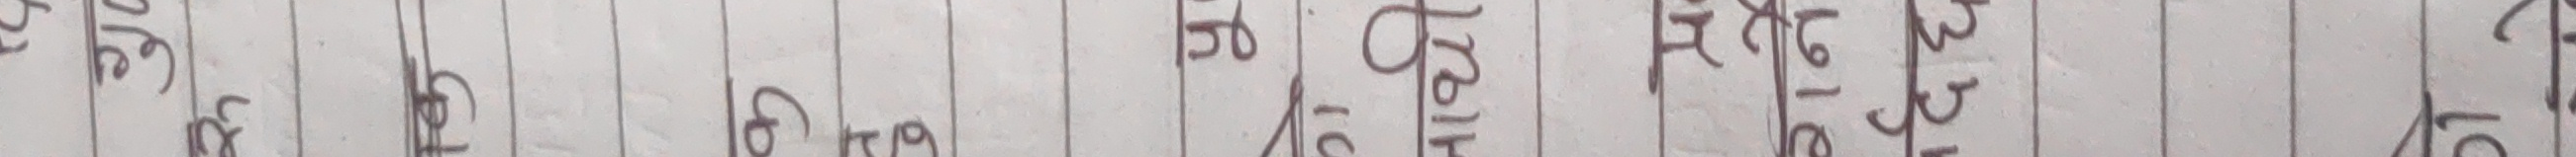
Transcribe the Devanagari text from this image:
खजुर
सामान
मिठाई
साग सब्जी
फलफूल
चिया नास्ता
अन्य